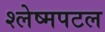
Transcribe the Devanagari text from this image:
श्लेष्मपटल